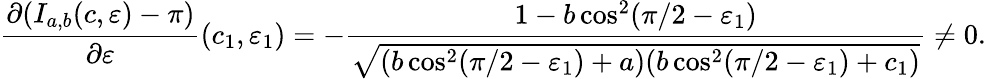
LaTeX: \frac{\partial(I_{a,b}(c,\varepsilon)-\pi)}{\partial\varepsilon}(c_{1},\varepsilon_{1})=-\frac{1-b\cos^{2}(\pi/2-\varepsilon_{1})}{\sqrt{(b\cos^{2}(\pi/2-\varepsilon_{1})+a)(b\cos^{2}(\pi/2-\varepsilon_{1})+c_{1})}}\neq 0.